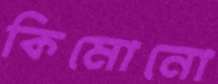
কিমোনো